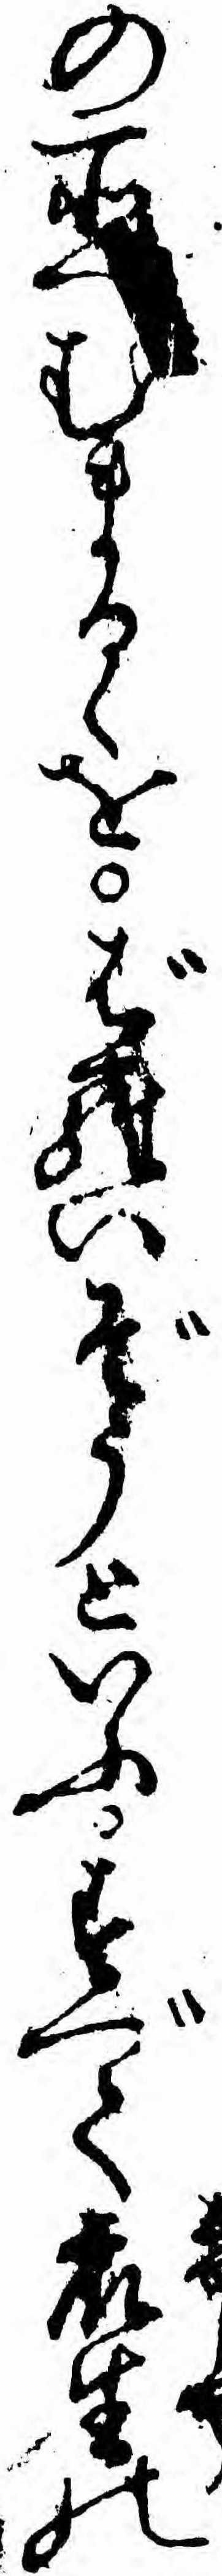
の所へむまるゝをばらいぞうといふすべて衆生の